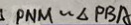
P N M \sim \Delta P B A